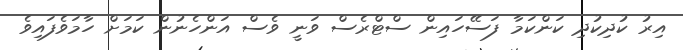
އިރު ކުދިކުދި ކަންކަމާ ފަސޭހައިން ސްޓްރެސް ވަނީ ވެސް އަންހެނުން ކަމަށް ހާމަވެފައިވެ